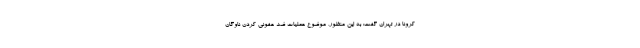
کرونا در تهران گفت: به این منظور، موضوع عملیات ضد عفونی کردن ناوگان